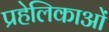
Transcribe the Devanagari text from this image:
प्रहेलिकाओं